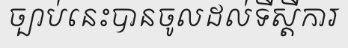
ច្បាប់នេះបានចូលដល់ទីស្តីការ